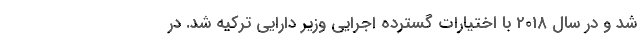
شد و در سال 2018 با اختیارات گسترده اجرایی وزیر دارایی ترکیه شد. در